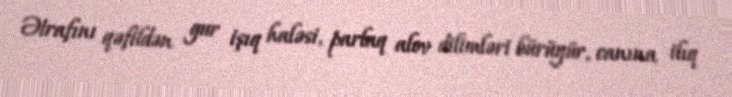
Ətrafını qəfildən gur işıq haləsi, parlaq alov dilimləri bürüyür, canına ilıq